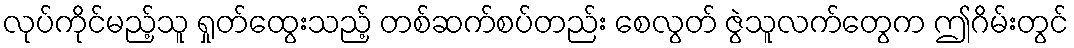
လုပ်ကိုင်မည့်သူ ရှုတ်ထွေးသည့် တစ်ဆက်စပ်တည်း စေလွတ် ဇွဲသူလက်တွေက ဤဂိမ်းတွင်